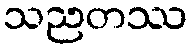
သညတဿ